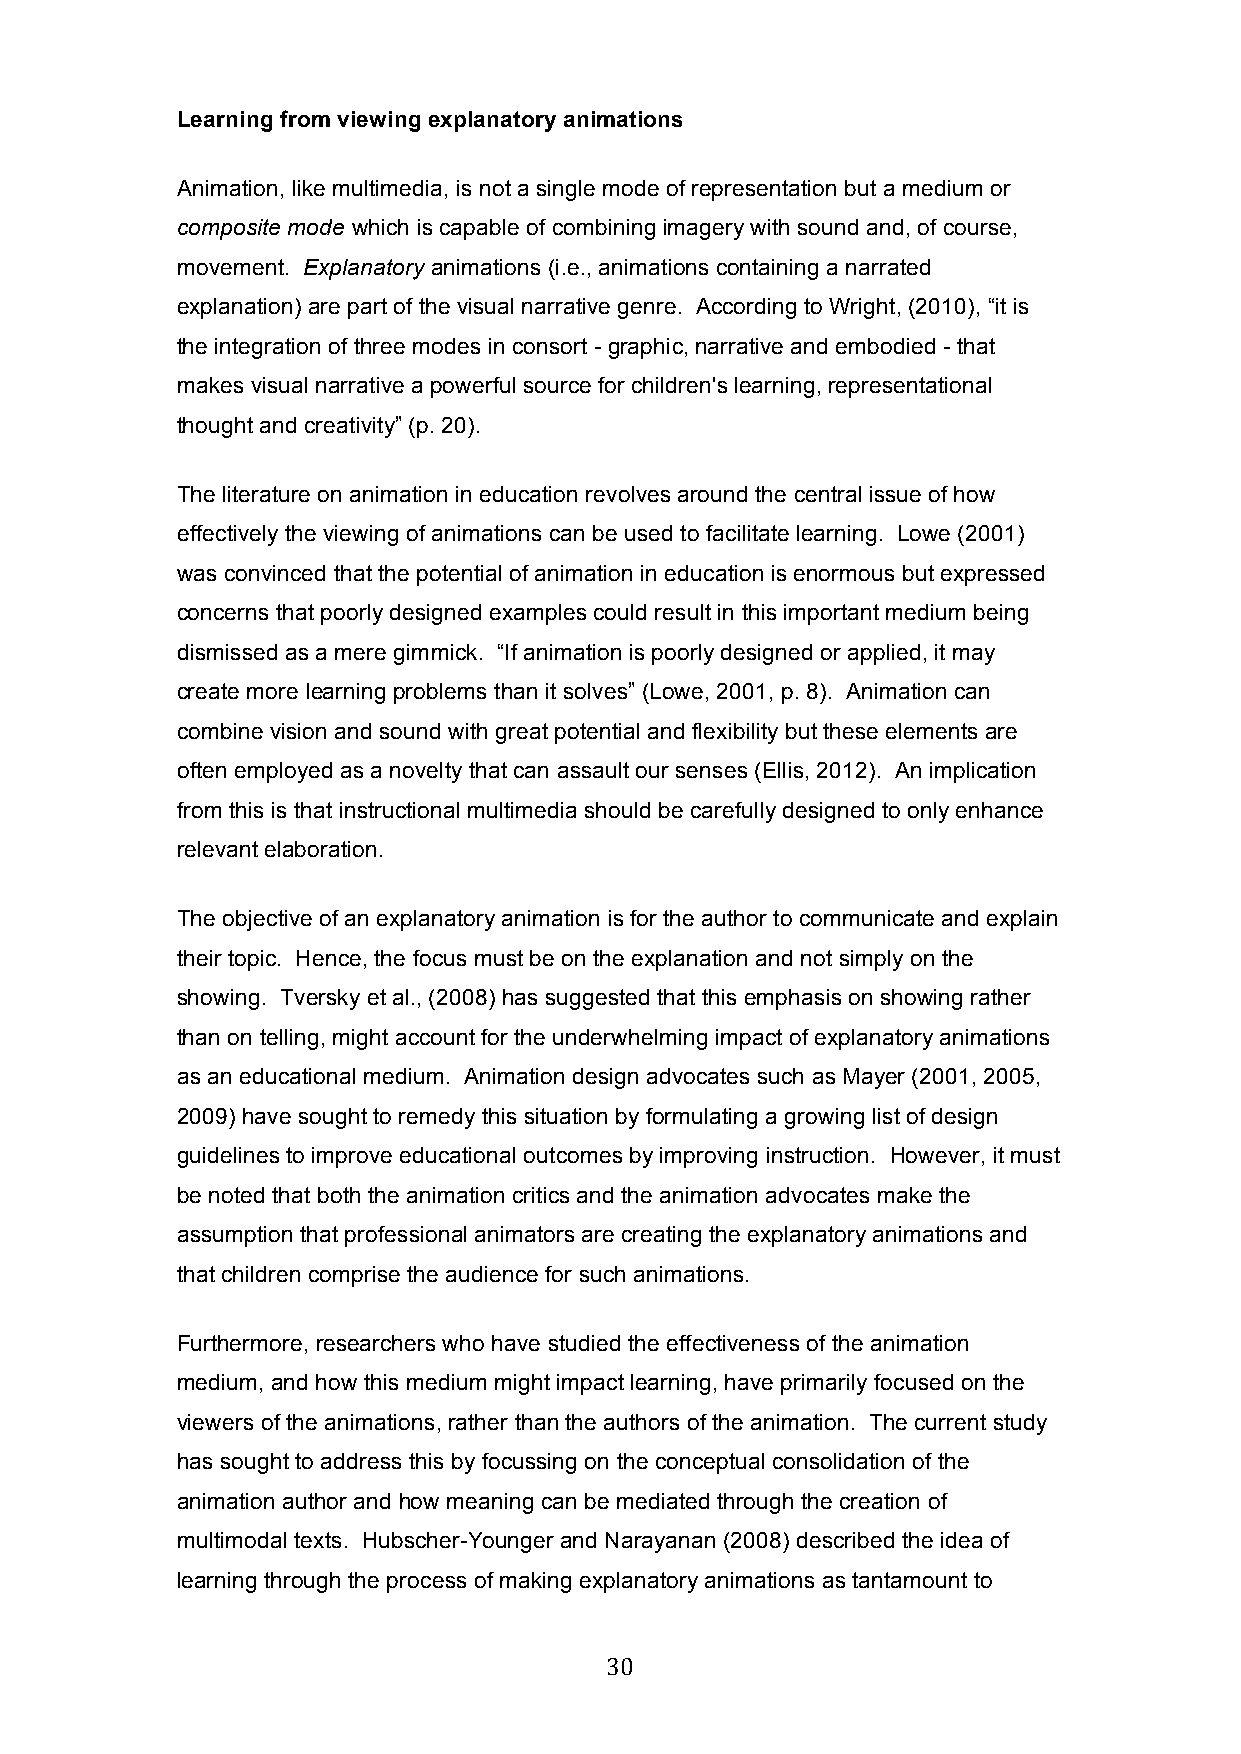
Learning from viewing explanatory animations
 Animation, like multimedia, is not a single mode of representation but a medium or
 composite mode which is capable of combining imagery with sound and, of course,
 movement. Explanatory animations (i.e., animations containing a narrated
 explanation) are part of the visual narrative genre. According to Wright, (2010), “it is
 the integration of three modes in consort - graphic, narrative and embodied - that
 makes visual narrative a powerful source for children's learning, representational
 thought and creativity” (p. 20).
 The literature on animation in education revolves around the central issue of how
 effectively the viewing of animations can be used to facilitate learning. Lowe (2001)
 was convinced that the potential of animation in education is enormous but expressed
 concerns that poorly designed examples could result in this important medium being
 dismissed as a mere gimmick. “If animation is poorly designed or applied, it may
 create more learning problems than it solves” (Lowe, 2001, p. 8). Animation can
 combine vision and sound with great potential and flexibility but these elements are
 often employed as a novelty that can assault our senses (Ellis, 2012). An implication
 from this is that instructional multimedia should be carefully designed to only enhance
 relevant elaboration.
 The objective of an explanatory animation is for the author to communicate and explain
 their topic. Hence, the focus must be on the explanation and not simply on the
 showing. Tversky et al., (2008) has suggested that this emphasis on showing rather
 than on telling, might account for the underwhelming impact of explanatory animations
 as an educational medium. Animation design advocates such as Mayer (2001, 2005,
 2009) have sought to remedy this situation by formulating a growing list of design
 guidelines to improve educational outcomes by improving instruction. However, it must
 be noted that both the animation critics and the animation advocates make the
 assumption that professional animators are creating the explanatory animations and
 that children comprise the audience for such animations.
 Furthermore, researchers who have studied the effectiveness of the animation
 medium, and how this medium might impact learning, have primarily focused on the
 viewers of the animations, rather than the authors of the animation. The current study
 has sought to address this by focussing on the conceptual consolidation of the
 animation author and how meaning can be mediated through the creation of
 multimodal texts. Hubscher-Younger and Narayanan (2008) described the idea of
 learning through the process of making explanatory animations as tantamount to
 30